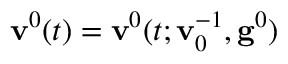
\mathbf { v } ^ { 0 } ( t ) = \mathbf { v } ^ { 0 } ( t ; \mathbf { v } _ { 0 } ^ { - 1 } , \mathbf { g } ^ { 0 } )